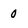
Character: 0